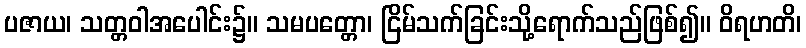
ပဇာယ၊ သတ္တဝါအပေါင်း၌။ သမပတ္တော၊ ငြိမ်သက်ခြင်းသို့ရောက်သည်ဖြစ်၍။ ဝိရဟတိ၊